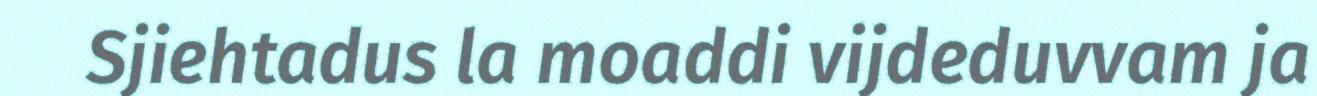
Sjiehtadus la moaddi vijdeduvvam ja